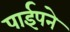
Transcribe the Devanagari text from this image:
पाईपने